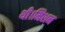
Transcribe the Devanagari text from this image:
थी।मिशन